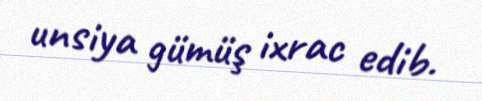
unsiya gümüş ixrac edib.